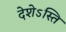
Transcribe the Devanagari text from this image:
देशेऽस्ति